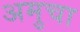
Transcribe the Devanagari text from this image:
अमुचा